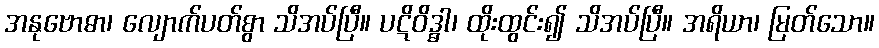
အနုဗောဓာ၊ လျောက်ပတ်စွာ သိအပ်ပြီ။ ပဋိဝိဒ္ဓါ၊ ထိုးထွင်း၍ သိအပ်ပြီ။ အရိယာ၊ မြတ်သော။